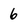
Character: 6